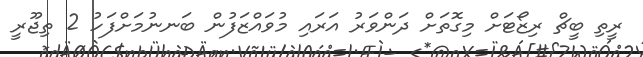
ރީތި ބީޗް ރިޒޯޓަށް މިގޮތަށް ދަންވަރު އަރައި މުވައްޒަފުން ބަނނުމަށްފަހު 2 ތިޖޫރީ